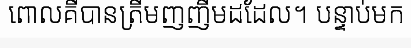
ពោលគឺបានត្រឹមញញឹមដដែល។ បន្ទាប់មក